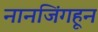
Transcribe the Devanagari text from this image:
नानजिंगहून